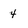
Character: 4